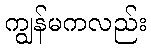
ကျွန်မကလည်း